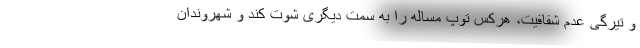
و تیرگی عدم شفافیت، هرکس توپ مساله را به سمت دیگری شوت کند و شهروندان